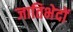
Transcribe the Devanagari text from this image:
जातिभेदों